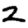
Digit: 2